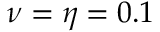
\nu = \eta = 0 . 1